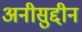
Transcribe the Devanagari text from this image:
अनीसुद्दीन